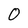
Character: 0